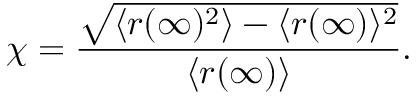
\chi = \frac { \sqrt { \langle r ( \infty ) ^ { 2 } \rangle - \langle r ( \infty ) \rangle ^ { 2 } } } { \langle r ( \infty ) \rangle } .